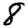
Digit: 8